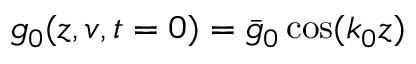
g _ { 0 } ( z , v , t = 0 ) = \bar { g } _ { 0 } \cos ( k _ { 0 } z )